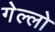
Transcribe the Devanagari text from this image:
गेल्लो